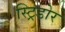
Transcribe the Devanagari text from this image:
स्ट्रिडोर